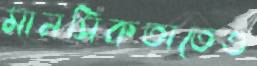
মানসিকতাতেও